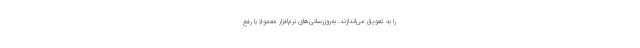
را به تعویق می‌اندازند. به‌روزرسانی‌های نرم‌افزار معمولاً با رفع